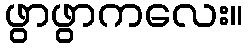
ဖွာဖွာကလေး။